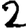
Digit: 2